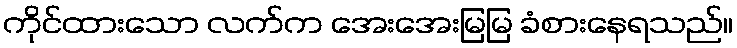
ကိုင်ထားသော လက်က အေးအေးမြမြ ခံစားနေရသည်။